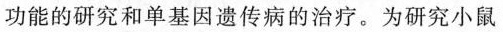
功能的研究和单基因遗传病的治疗。为研究小鼠